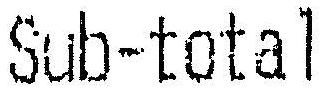
SUB-TOTAL